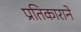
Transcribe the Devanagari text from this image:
प्रतिकाराने